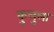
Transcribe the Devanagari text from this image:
कुलुला